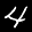
Label: 4